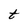
Character: t